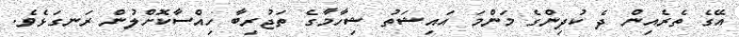
އޭގެ ތެރެއިން ދެ ކުދިންގެ މަންމަ އައިޝަތު ޝިހާމާގެ ތަޖުރިބާ ހިއްސާކޮށްލުން ރަނގަޅެވެ.